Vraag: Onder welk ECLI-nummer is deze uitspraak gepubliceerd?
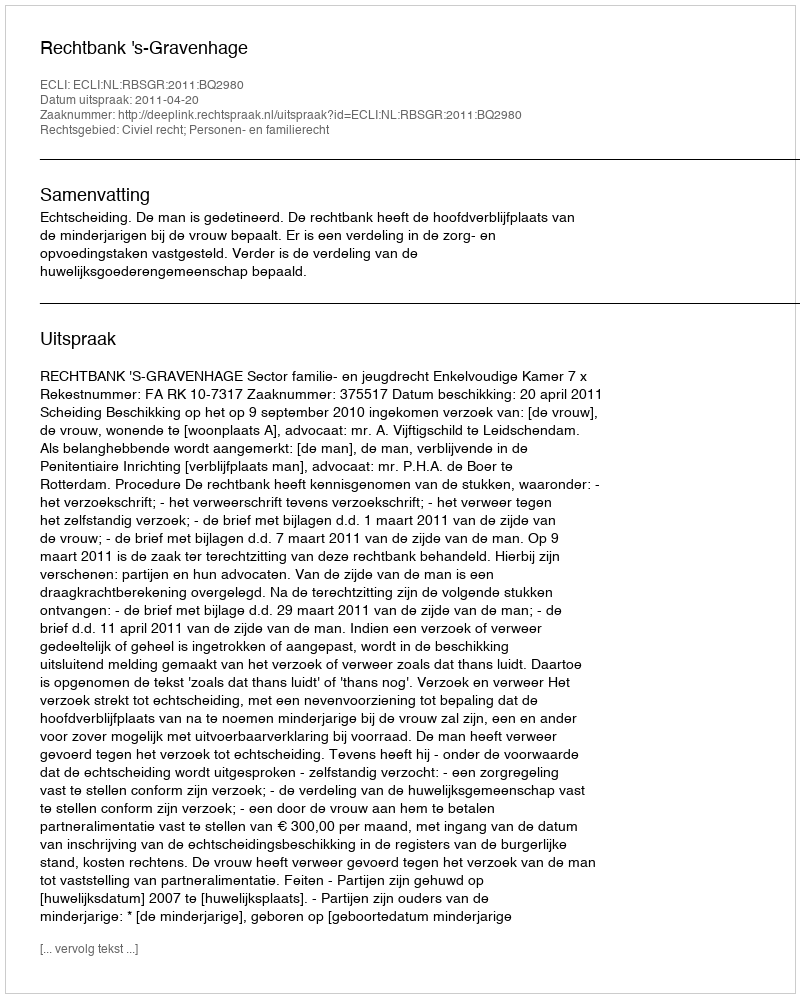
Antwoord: ECLI:NL:RBSGR:2011:BQ2980